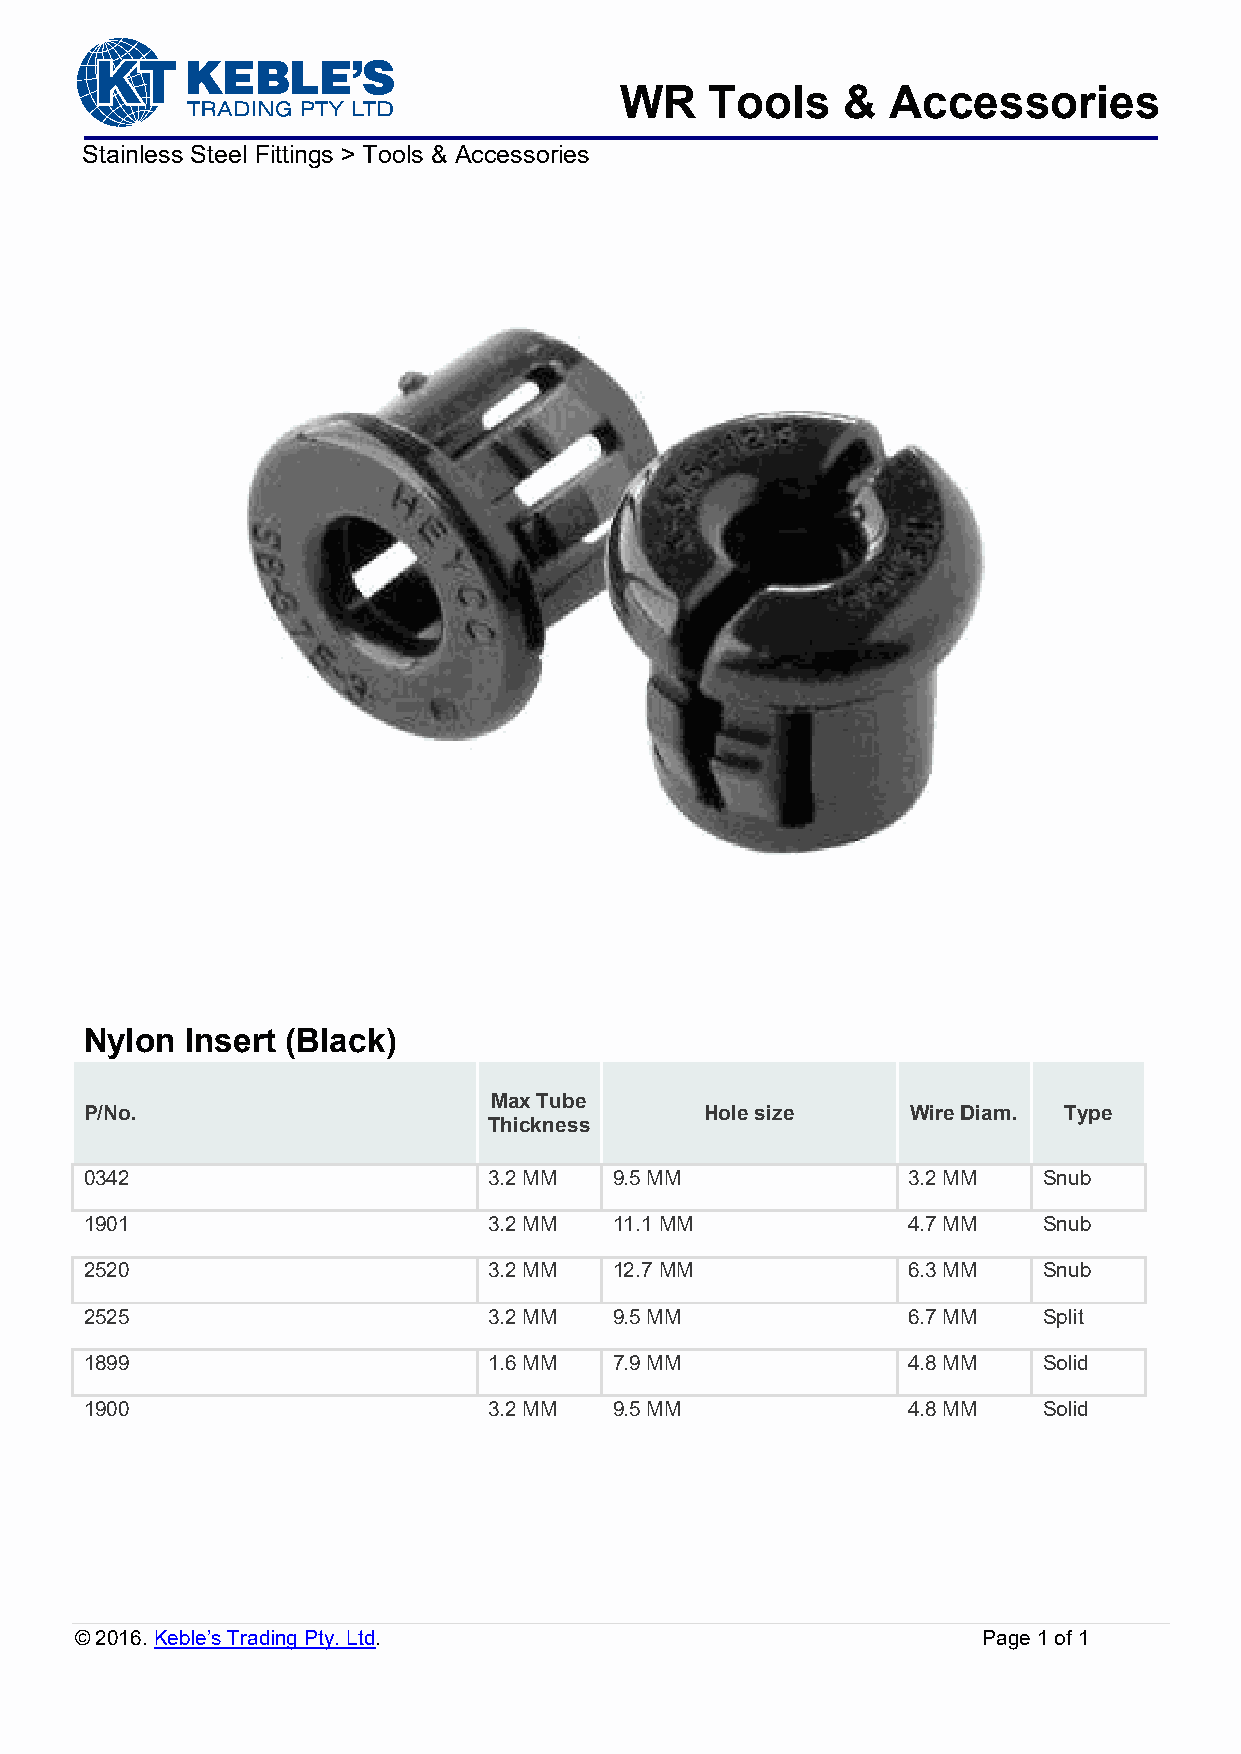
WR    Tools    &  Accessories
 Stainless Steel Fittings > Tools & Accessories
 Nylon Insert (Black)
 Max Tube
 P/No.                                    Hole size    Wire Diam. Type
 Thickness
 0342                      3.2 MM   9.5 MM             3.2 MM   Snub
 1901                      3.2 MM   11.1 MM            4.7 MM   Snub
 2520                      3.2 MM   12.7 MM            6.3 MM   Snub
 2525                      3.2 MM   9.5 MM             6.7 MM   Split
 1899                      1.6 MM   7.9 MM             4.8 MM   Solid
 1900                      3.2 MM   9.5 MM             4.8 MM   Solid
 © 2016. Keble’s Trading Pty. Ltd.                           Page 1 of 1